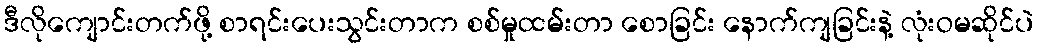
ဒီလိုကျောင်းတက်ဖို့ စာရင်းပေးသွင်းတာက စစ်မှုထမ်းတာ စောခြင်း နောက်ကျခြင်းနဲ့ လုံးဝမဆိုင်ပဲ